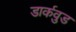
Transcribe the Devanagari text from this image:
डार्कवुड